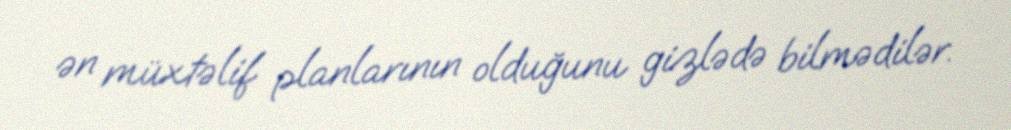
ən müxtəlif planlarının olduğunu gizlədə bilmədilər.